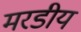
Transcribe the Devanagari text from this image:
मरडीय